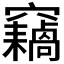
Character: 𱷟